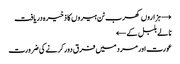
→ ہزاروں کھرب ٹن ہیروں کا ذخیرہ دریافت
نالے بلبل کے ←
عورت اور مرد میں فرق دور کرنے کی ضرورت